Lunatic asylums Punjab 1881-1894 - 1881-1894
Year: 1881
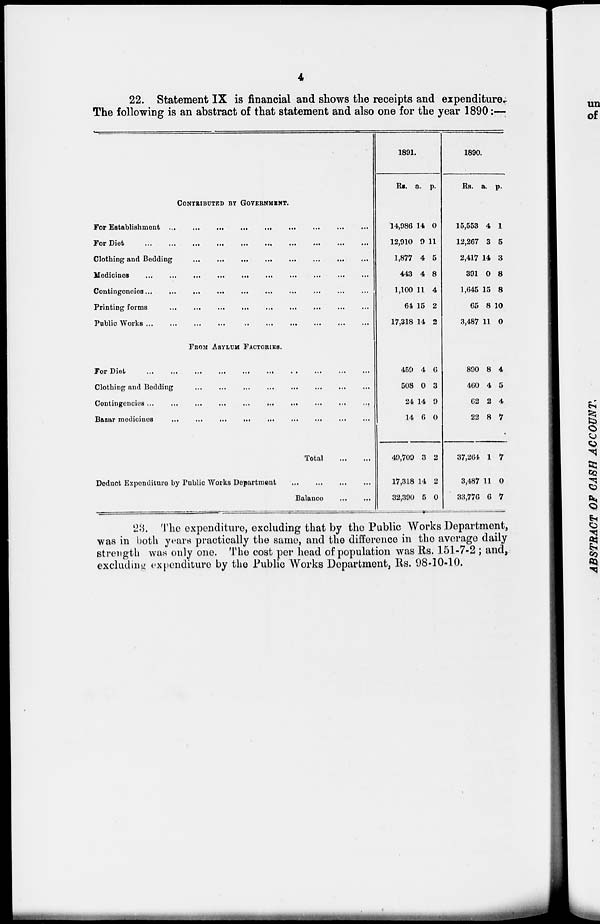
4
22. Statement IX is financial and shows the receipts and expenditure.
The following is an abstract of that statement and also one for the year 1890:—
CONTRIBUTED BY GOVERNMENT.
For Establishment
...
...
...
...
...
...
...
...
...
For Diet
...
...
...
...
...
...
...
...
...
...
Clothing and Bedding
...
...
...
...
...
...
...
...
...
Medicines
...
...
...
...
...
...
...
...
...
Contingencies
...
...
...
...
...
...
...
...
...
Printing forms ... ... ... ... ... ... ... ... ...
Public Works ... ... ... ... ... ... ... ... ...
FROM ASYLUM FACTORIES.
For Diet
...
...
...
...
...
...
...
...
...
Clothing and Bedding ... ... ... ... ... ... ... ... ...
Contingencies ...
...
...
...
...
...
...
...
...
...
Bazar medicines
...
...
...
...
...
...
...
...
...
Total
...
...
Deduct Expenditure by Public Works Department
...
...
...
...
Balance ... ...
1891.
Rs.
14,986
12,910
1,877
443
1,100
64
17,318
459
508
24
14
49,709
17,318
32,390
a.
14
9
4
4
11
15
14
4
0
14
6
3
14
5
P.
0
11
5
8
4
2
2
6
3
9
0
2
2
0
1890.
Rs.
15,553
12,267
2,417
391
1,645
65
3,487
890
460
62
22
37,264
3,487
33,776
a.
4
3
14
0
15
8
11
8
4
2
8
1
11
6
p.
1
5
3
8
8
10
0
4
5
4
7
7
0
7
23. The expenditure, excluding that by the Public Works Department,
was in both years practically the same, and the difference in the average daily
strength was only one. The cost per head of population was Rs. 151-7-2 ; and,
excluding expenditure by the Public Works Department, Rs. 98-10-10.